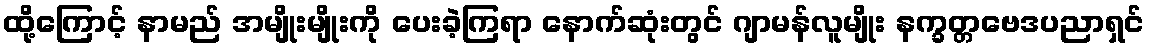
ထို့ကြောင့် နာမည် အမျိုးမျိုးကို ပေးခဲ့ကြရာ နောက်ဆုံးတွင် ဂျာမန်လူမျိုး နက္ခတ္တဗေဒပညာရှင်